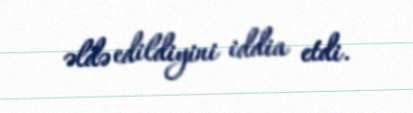
əldə edildiyini iddia etdi.